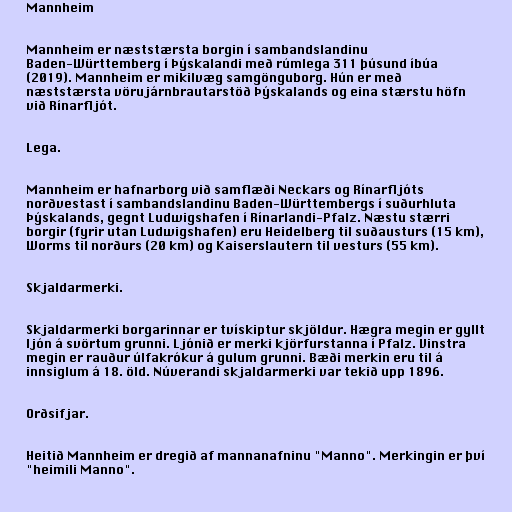
Mannheim

Mannheim er næststærsta borgin í sambandslandinu
Baden-Württemberg í Þýskalandi með rúmlega 311 þúsund íbúa
(2019). Mannheim er mikilvæg samgönguborg. Hún er með
næststærsta vörujárnbrautarstöð Þýskalands og eina stærstu höfn
við Rínarfljót.

Lega.

Mannheim er hafnarborg við samflæði Neckars og Rínarfljóts
norðvestast í sambandslandinu Baden-Württembergs í suðurhluta
Þýskalands, gegnt Ludwigshafen í Rínarlandi-Pfalz. Næstu stærri
borgir (fyrir utan Ludwigshafen) eru Heidelberg til suðausturs (15 km),
Worms til norðurs (20 km) og Kaiserslautern til vesturs (55 km).

Skjaldarmerki.

Skjaldarmerki borgarinnar er tvískiptur skjöldur. Hægra megin er gyllt
ljón á svörtum grunni. Ljónið er merki kjörfurstanna í Pfalz. Vinstra
megin er rauður úlfakrókur á gulum grunni. Bæði merkin eru til á
innsiglum á 18. öld. Núverandi skjaldarmerki var tekið upp 1896.

Orðsifjar.

Heitið Mannheim er dregið af mannanafninu "Manno". Merkingin er því
"heimili Manno".